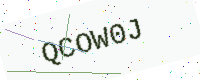
Text: QCOW0J